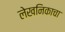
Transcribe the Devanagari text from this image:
लेखनिकाचा